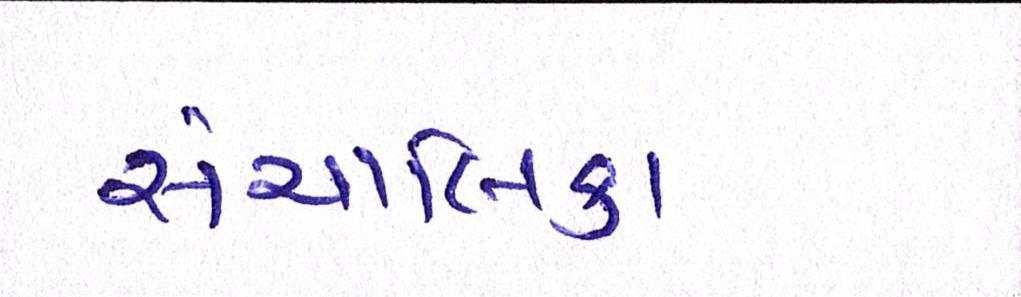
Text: સંચાલિકા